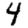
Digit: 4